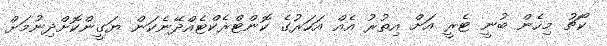
ކޯޗު މިހެން ބުނީ ޓެރީ އަށް އިތުރު އެއް އަހަރުގެ ކޮންޓްރެކްޓެއްދޭނެކަން ޔަގީންކޮށްދިނުމަށް